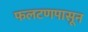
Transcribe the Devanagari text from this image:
फलटणपासून